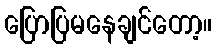
ပြောပြမနေချင်တော့။